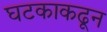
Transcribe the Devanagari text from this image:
घटकाकढून